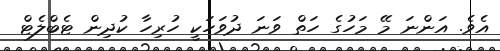
އެވެ. އަންނަ މޭ މަހުގެ ހަތް ވަނަ ދުވަހަކީ ހުރިހާ ކުދިން ޓެބްލެޓް